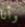
وأنا